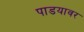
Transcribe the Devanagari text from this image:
पाडयावर